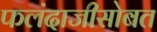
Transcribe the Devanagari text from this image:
फलंदाजीसोबत